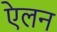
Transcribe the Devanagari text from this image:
एेलन